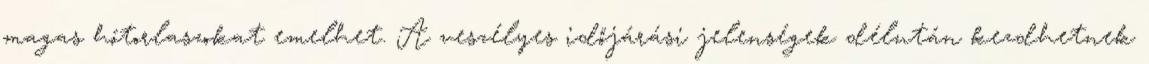
magas hótorlaszokat emelhet. A veszélyes időjárási jelenségek délután kezdhetnek